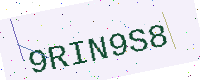
Text: 9RIN9S8